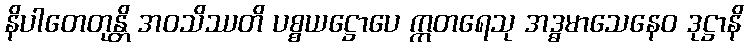
နိပါတေတုန္တိ အဝသိဿတိ ပစ္စယဋ္ဌောပေ ဣတရေသု အဒ္ဓမာသေနေဝ ဒုဋ္ဌာနိ